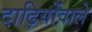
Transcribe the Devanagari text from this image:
दाढ़ियोंवाले